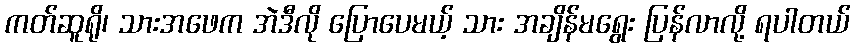
ကတ်ဆူရို၊ သားအဖေက အဲဒီလို ပြောပေမယ့် သား အချိန်မရွေး ပြန်လာလို့ ရပါတယ်